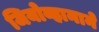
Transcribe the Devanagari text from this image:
जियोव्हानाने